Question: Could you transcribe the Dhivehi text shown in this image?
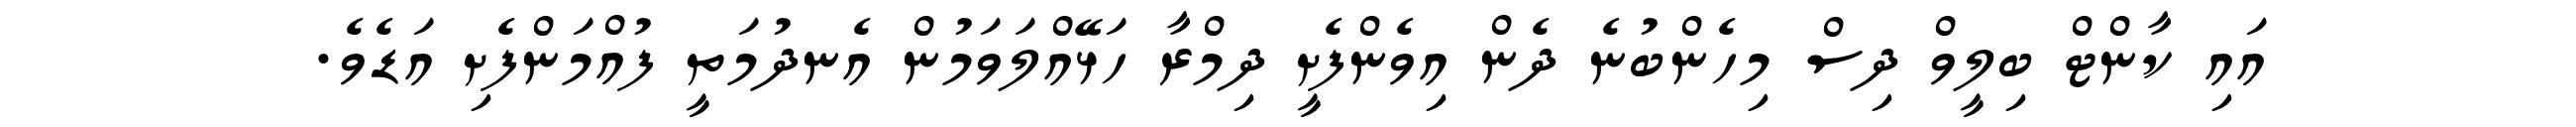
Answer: އައި ކާންޓް ބިލީވް ދިސް މިހެންބުނެ ދެން އިވެންފެށީ ދިމްރާ ހަޅޭއްލަވަމުން އެނދުމަތީ ފުއްމަންފެށި އަޑެވެ.